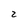
Character: 2